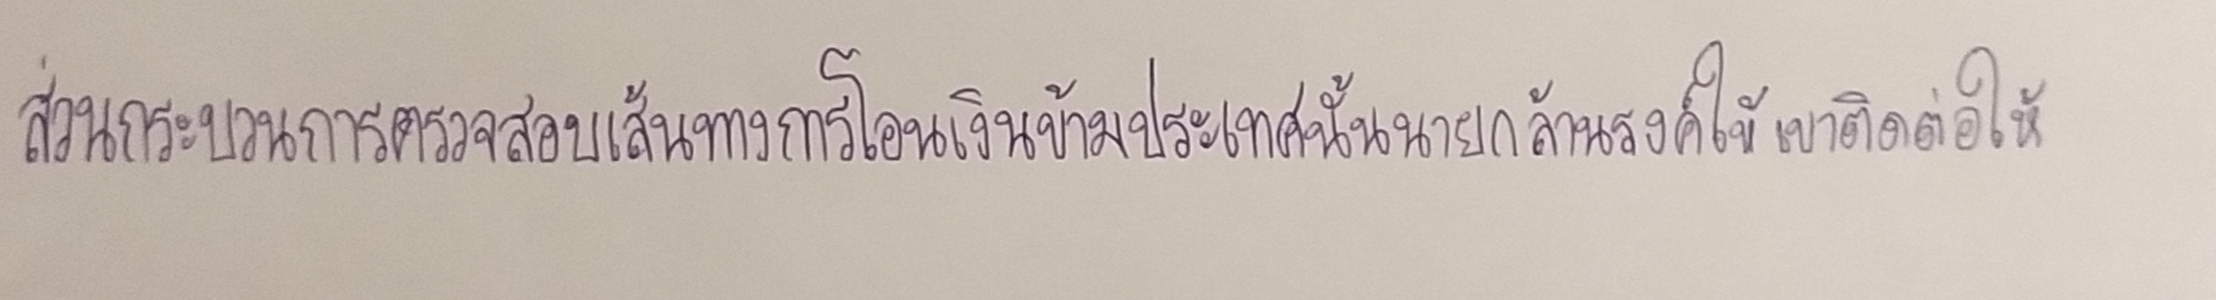
ส่วนกระบวนการตรวจสอบเส้นทางการโอนเงินข้ามประเทศนั้นนายกล้านรงค์ให้เขาติดต่อให้